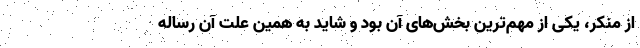
از منکر، یکی از مهم‌ترین بخش‌های آن بود و شاید به همین علت آن رساله